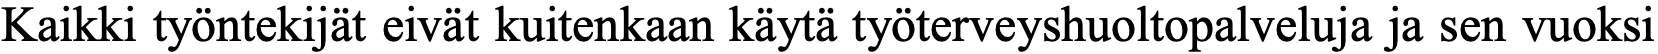
Kaikki työntekijät eivät kuitenkaan käytä työterveyshuoltopalveluja ja sen vuoksi